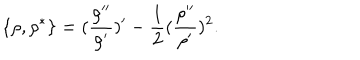
\{ \rho , \rho ^ { * } \} = ( \frac { \rho ^ { \prime \prime } } { \rho ^ { \prime } } ) ^ { \prime } - \frac { 1 } { 2 } ( \frac { \rho ^ { \prime \prime } } { \rho ^ { \prime } } ) ^ { 2 } .